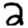
Digit: 2